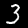
Label: 3